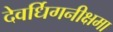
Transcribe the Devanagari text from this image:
देवर्धिगनीक्षमा